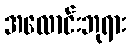
အလောင်းဘုရား